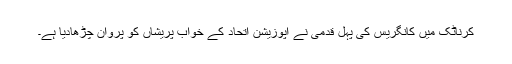
کرناٹک میں کانگریس کی پہل قدمی نے اپوزیشن اتحاد کے خواب پریشاں کو پروان چڑھادیا ہے۔